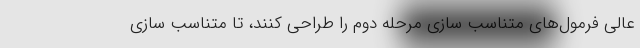
عالی فرمول‌های متناسب سازی مرحله دوم را طراحی کنند، تا متناسب سازی